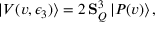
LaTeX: | V ( v , \epsilon _ { 3 } ) \rangle = 2 \, { \bf S } _ { Q } ^ { 3 } \, | P ( v ) \rangle \, ,